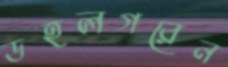
ডহলগরেন